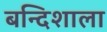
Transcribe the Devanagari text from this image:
बन्दिशाला